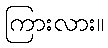
ကြားလား။